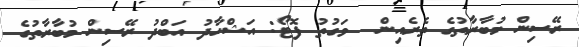
ރޭސިން މުބާރާތުގެ ތެރެއިން  ވަގުތު ފޮޓޯ: އަޝްހާދު އަބްދު ރޭސިން މުބާރާތުގެ